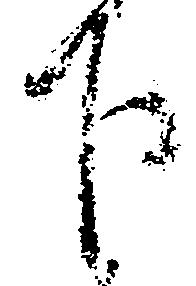
下